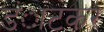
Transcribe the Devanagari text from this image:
डंाटकर